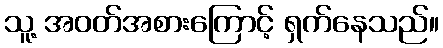
သူ့ အဝတ်အစားကြောင့် ရှက်နေသည်။